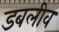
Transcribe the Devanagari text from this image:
डबलीव